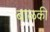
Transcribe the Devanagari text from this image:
बाळकी